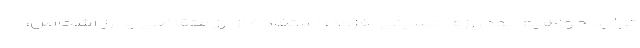
تولید خواهیم بود. رزم حسینی افزود: استفاده از ارز متقاضی یا ارز اشخاص،